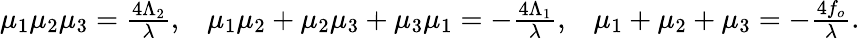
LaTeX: \begin{array}{ccc}{{\mu_{1}\mu_{2}\mu_{3}=\frac{4\Lambda_{2}}{\lambda},}}&{{\mu_{1}\mu_{2}+\mu_{2}\mu_{3}+\mu_{3}\mu_{1}=-\frac{4\Lambda_{1}}{\lambda},}}&{{\mu_{1}+\mu_{2}+\mu_{3}=-\frac{4f_{o}}{\lambda}.}}\end{array}